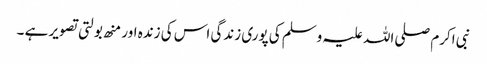
نبی اکرم صلی اللہ علیہ وسلم کی پوری زندگی اس کی زندہ اور منھ بولتی تصویر ہے ۔